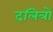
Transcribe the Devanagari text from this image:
दलित्रों